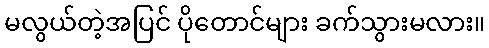
မလွယ်တဲ့အပြင် ပိုတောင်များ ခက်သွားမလား။